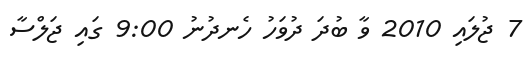
7 ޖުލައި 2010 ވާ ބުދަ ދުވަހު ހެނދުނު 9:00 ގައި ޖަލްސާ